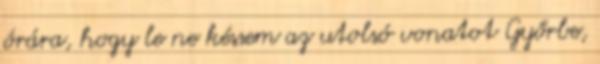
órára, hogy le ne késsem az utolsó vonatot Győrbe,